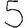
Digit: 5